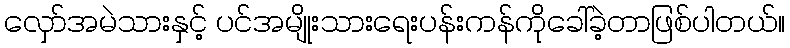
လှော်အမဲသားနှင့် ပင်အမျိုးသားရေးပန်းကန်ကိုခေါ်ခဲ့တာဖြစ်ပါတယ်။